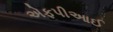
એફપીઆઈ